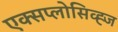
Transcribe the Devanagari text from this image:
एक्सप्लोसिव्ह्ज